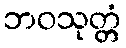
ဘဝသုတ္တံ